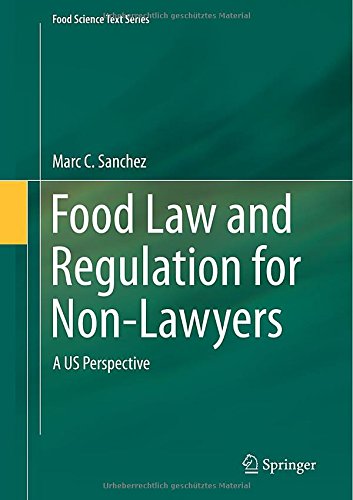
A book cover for Food Law and Regulation for Non-Lawyers: A US Perspective (Food Science Text Series); Marc Sanchez; Law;